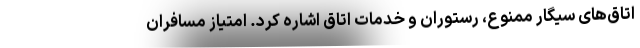
اتاق‌های سیگار ممنوع، رستوران و خدمات اتاق اشاره کرد. امتیاز مسافران